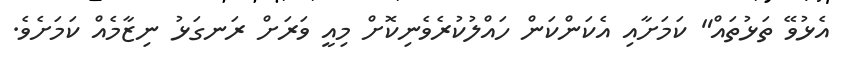
އެޅުވޭ ތަޅުތައް" ކަމަށާއި އެކަންކަން ހައްލުކުރެވެނިކޮށް މިއީ ވަރަށް ރަނގަޅު ނިޒާމެއް ކަމަށެވެ.